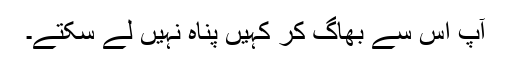
آپ اس سے بھاگ کر کہیں پناہ نہیں لے سکتے۔